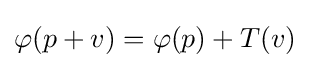
\varphi (p+v)=\varphi (p)+T(v)